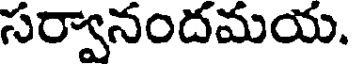
సర్వానందమయ.